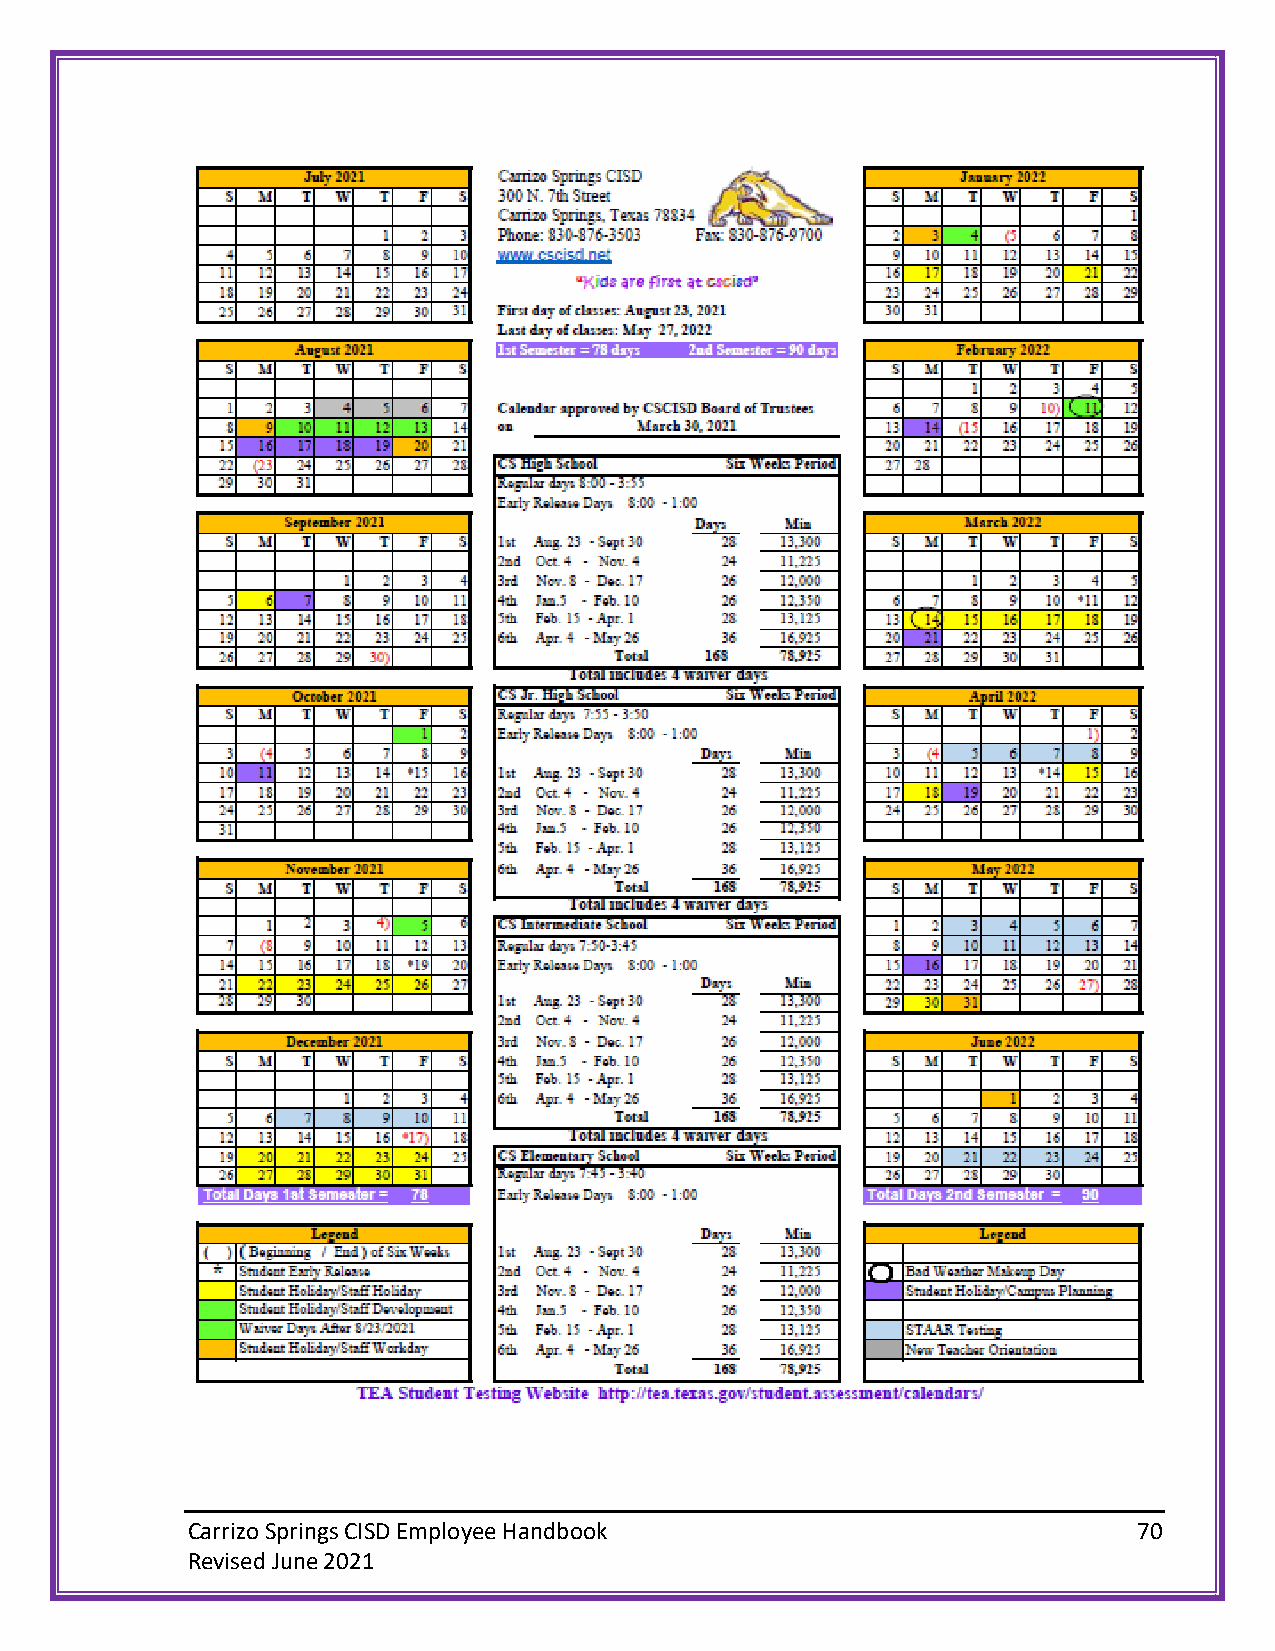
Carrizo Springs CISD Employee Handbook                         70
 Revised June 2021